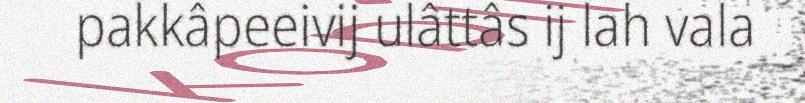
pakkâpeeivij ulâttâs ij lah vala